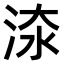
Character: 𣵟